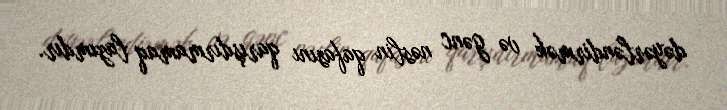
dəyərləndirmək və gənc nəslin qafasını qarışdırmamaq lazımdır.